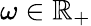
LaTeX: \omega\in\mathbb{R}_{+}